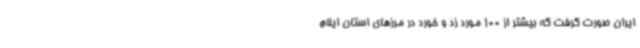
ایران صورت گرفت که بیشتر از 100 مورد زد و خورد در مرزهای استان ایلام